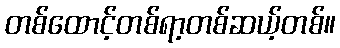
တစ်ထောင့်တစ်ရာ့တစ်ဆယ့်တစ်။